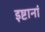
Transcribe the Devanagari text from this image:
इष्टानां